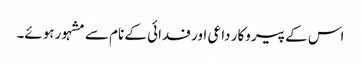
اس کے پیروکار داعی اور فدائی کے نام سے مشہور ہوئے۔